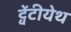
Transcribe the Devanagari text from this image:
ट्वेंटीयेथ